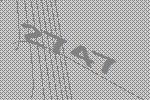
2747